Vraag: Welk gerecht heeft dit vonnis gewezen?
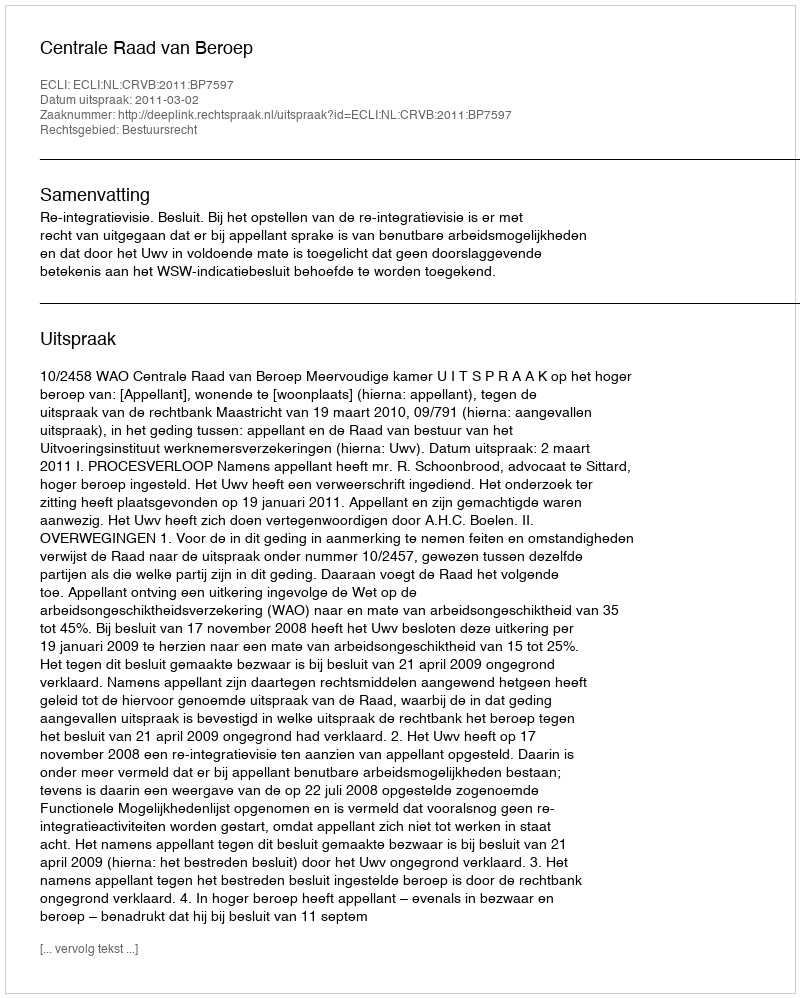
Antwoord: Centrale Raad van Beroep